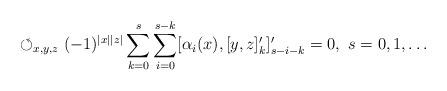
LaTeX: \begin{align*}\circlearrowleft_{x,y,z}(-1)^{|x||z|}\sum_{k=0}^{s}\sum_{i=0}^{s-k}[\alpha_{i}(x),[y,z]'_{k}]'_{s-i-k}=0,\ s=0,1,\dots \end{align*}